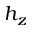
h _ { z }